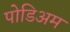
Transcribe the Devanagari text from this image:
पोडिअम